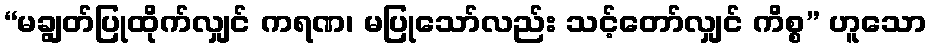
“မချွတ်ပြုထိုက်လျှင် ကရဏ၊ မပြုသော်လည်း သင့်တော်လျှင် ကိစ္စ” ဟူသော